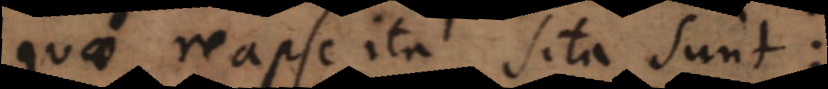
quae reapse ita sita sunt: